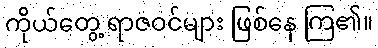
ကိုယ်တွေ့ ရာဇဝင်များ ဖြစ်နေ ကြ၏။